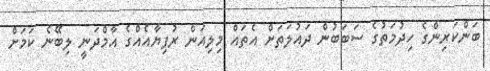
ބަންކަރިންގެ ހިދުމަތުގެ ސަބަބުން ދައުލަތަށް އެތައް މިލިއަން ރުފިޔާއެއްގެ އާމްދަނީ ލިބޭނެ ކަމަށް